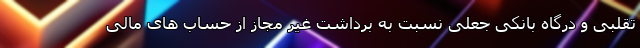
تقلبی و درگاه بانکی جعلی نسبت به برداشت غیر مجاز از حساب های مالی